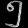
Digit: ၅